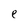
Character: e